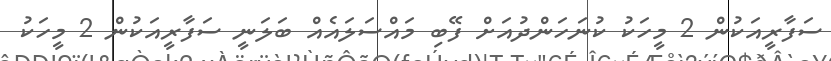
ސަފާރީއަކުން 2 މީހަކު ކުނަހަންދުއަށް ފޭބި މައްސަލައެއް ބަލަނީ ސަފާރީއަކުން 2 މީހަކު